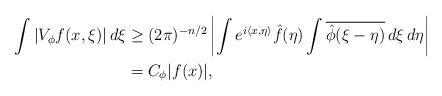
LaTeX: \begin{align*} \int |V_\phi f(x,\xi)| \, d \xi &\geq (2\pi)^{-n/2}\left| \int e^{i\langle x,\eta\rangle} \hat{f}(\eta) \int \overline{\hat{\phi}(\xi-\eta)}\, d \xi \, d \eta \right| \\ &= C_\phi |f(x)|,\end{align*}